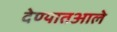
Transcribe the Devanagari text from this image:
देण्यातआले